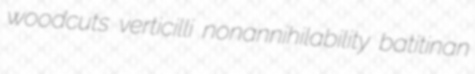
woodcuts verticilli nonannihilability batitinan